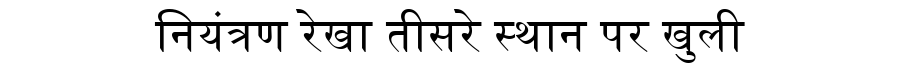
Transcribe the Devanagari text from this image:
नियंत्रण रेखा तीसरे स्थान पर खुली